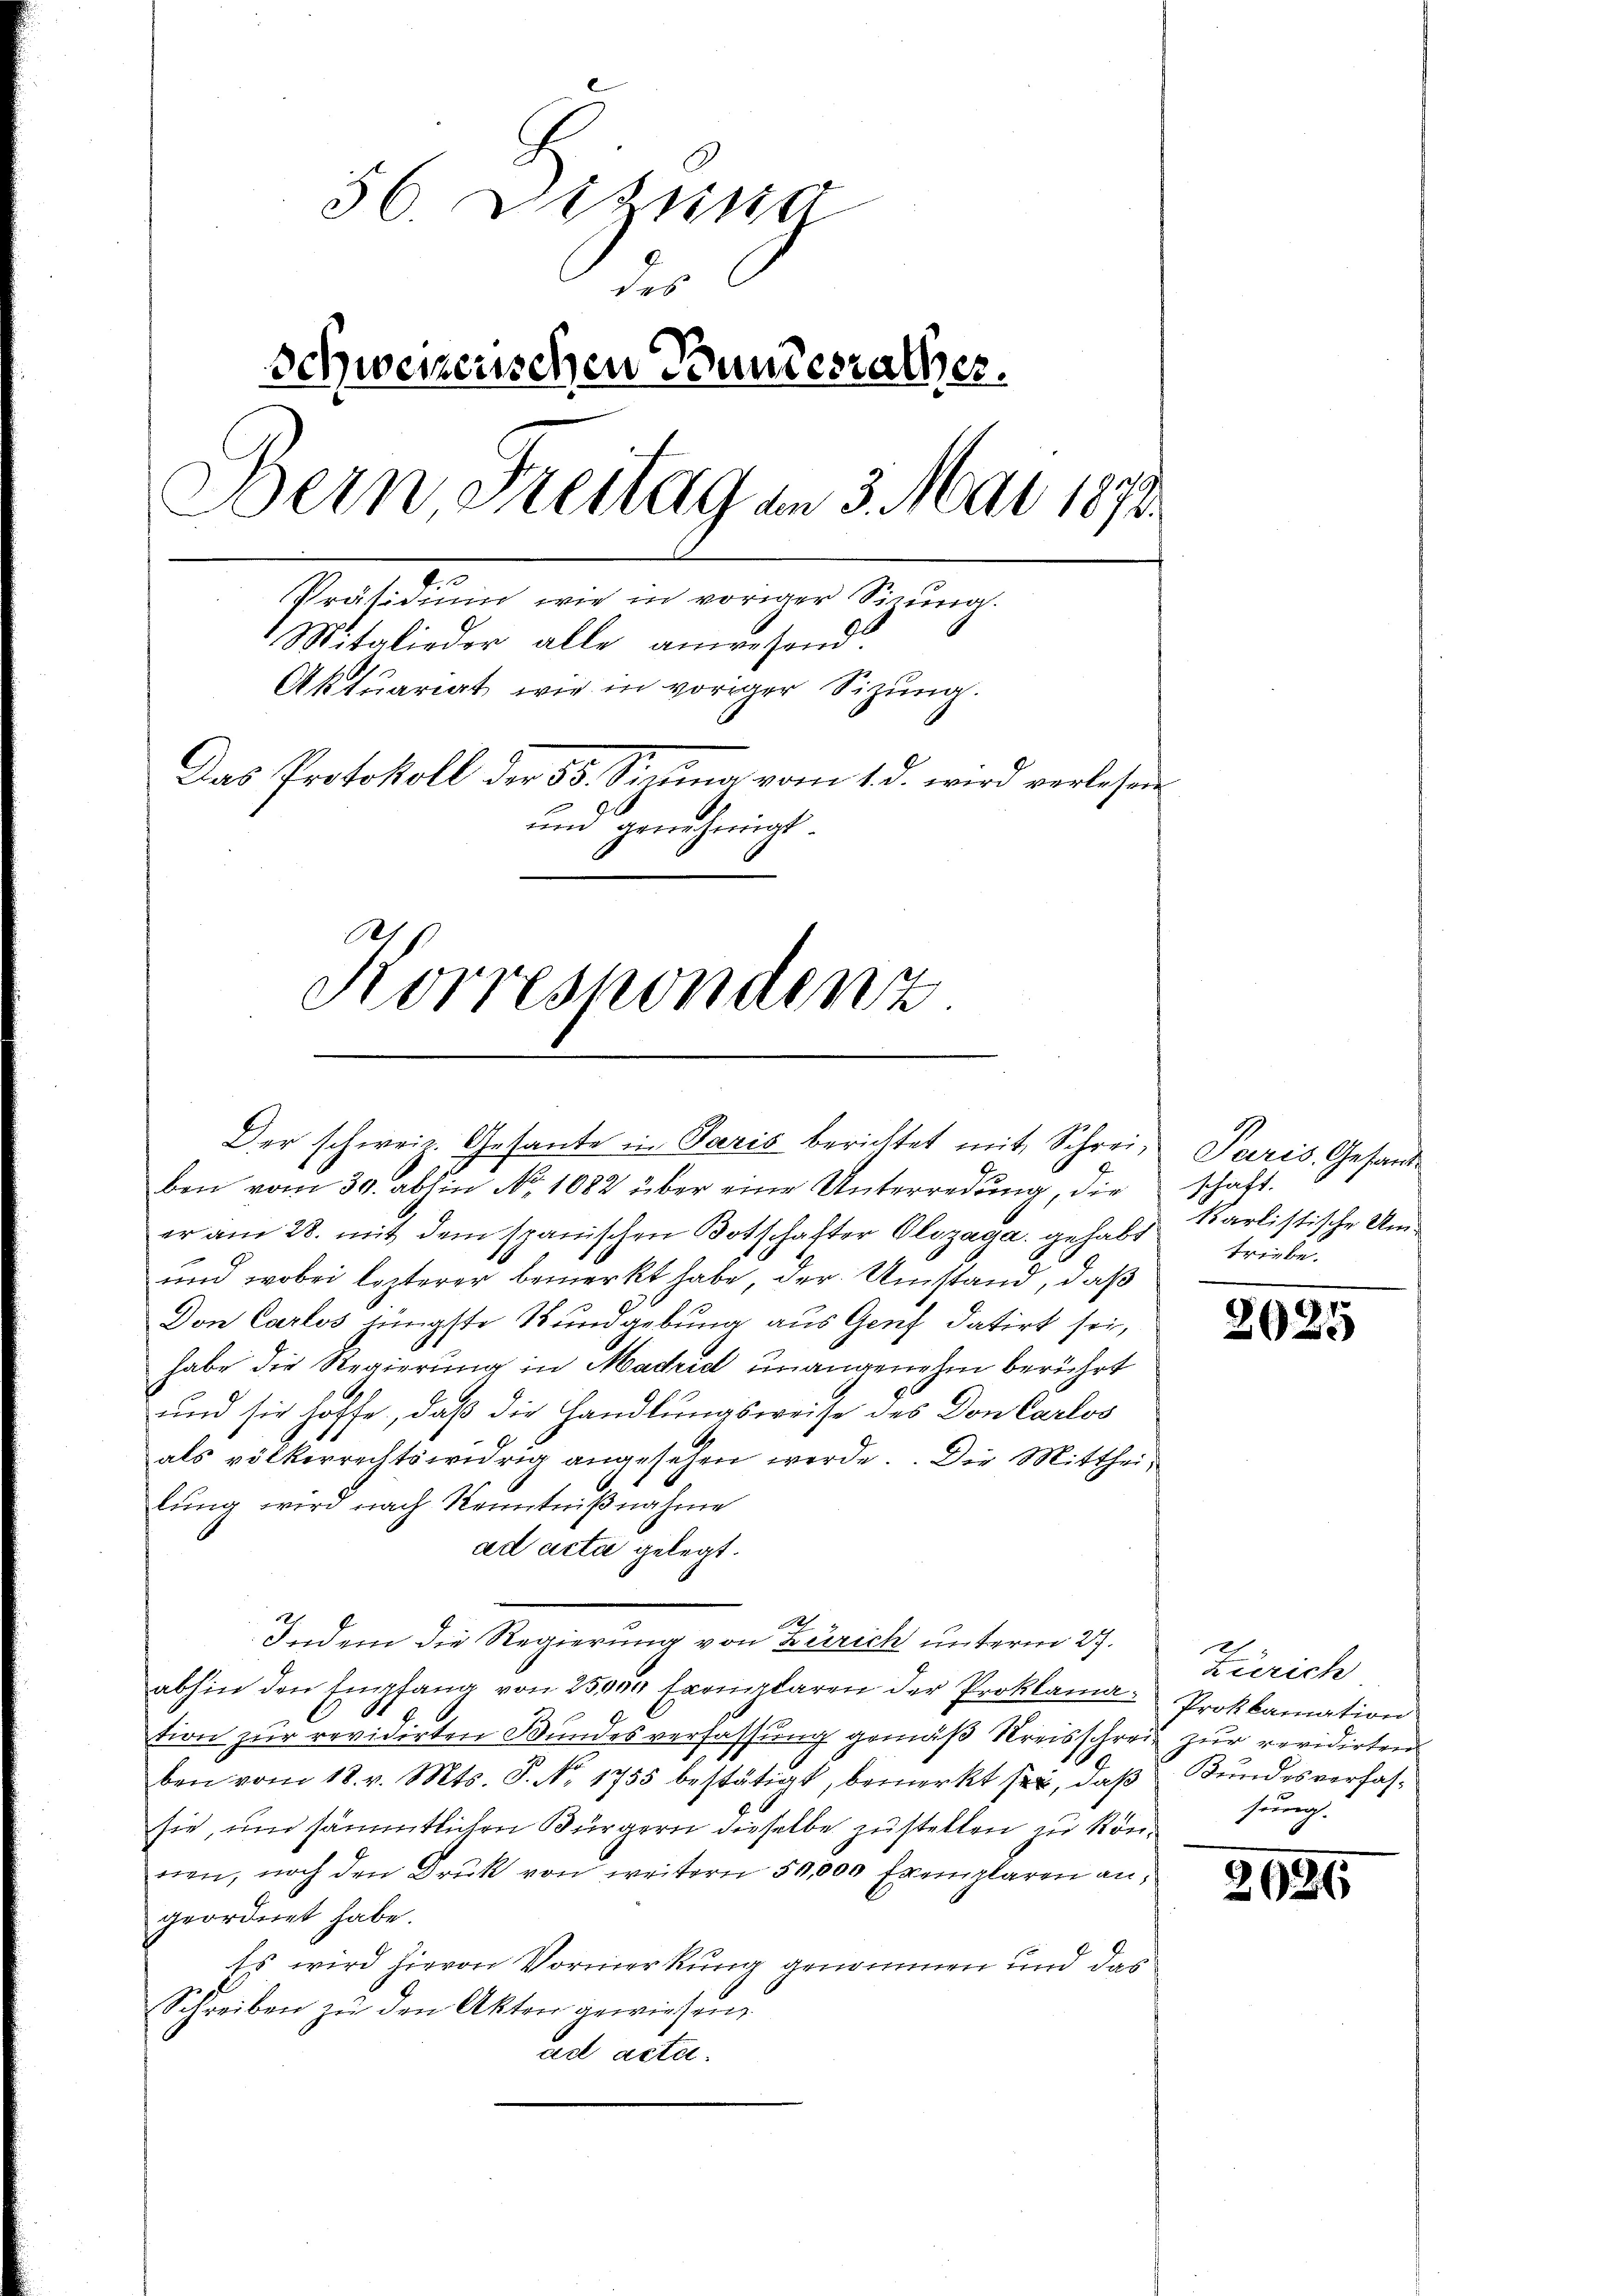
56. Sitzung
dis
Schweizerischen Grundesrathes.
Bern Freitag am 3. Mai 1873.
Präsidium wie in voriger Sima.
Mitglieder alle anwesend.
Aktuariat wie in voriger Sizung.
Das Protokoll der 55. Sima vom 1. d. wird verlesen
un genehmigt.
Korrespondenz

Der schweiz. Gesante in Paris berichtet mit Schreiben vom 30. abhin No 1082 über eine Unterredung, die
er am 28. mit dem spanischen Botschafter Olozaga. gehabt
und wobei lezterer bemerkt habe, der Umstand, daß
Don Carlos jüngste Wundgebung aus Genf datirt sei,
habe die Regierung in Madrid unangenehm berührt
und sie hoffe, daß die Handlungsweise des Don Carlos
als völkerrechtswidrig angesehen werde. Die Mittheilung wird nach Kenntnißnahme
ad acta gelegt.
Be
Indem die Regierung von Zürich unterm 27.
abhin den Empfang von 25000 Exemplaren der Proklamation zur revidirten Bundesverfassung gemäβ Kreisschreiz zur revidirten
ben vom 18. v. Mts. S. No. 1755 bestätigt, bemerkt sei, daß Bundesverfassie, um sämmtlichen Bürgern dieselbe zustellen zu könrien, noch den Druk von weitern 50,000 Exemplaren an,
geordnet habe.
Es wird hievon Vormerkung genommen und das
Schreiben zu den Akten gewiesen
ad acta.

Paris, Gesandschaft.
karlistische Umtriebe.

2025

Zürich
Proklamation
sung.

20.

35